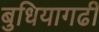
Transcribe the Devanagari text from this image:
बुधियागढी